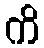
ကိ